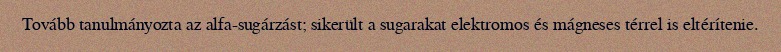
Tovább tanulmányozta az alfa-sugárzást; sikerült a sugarakat elektromos és mágneses térrel is eltérítenie.